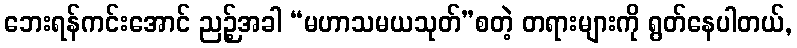
ဘေးရန်ကင်းအောင် ညဉ့်အခါ “မဟာသမယသုတ်”စတဲ့ တရားများကို ရွတ်နေပါတယ်,